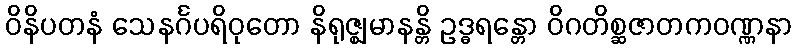
ဝိနိပတနံ သေနင်္ဂပရိဝုတော နိရုဇ္ဈမာနန္တိ ဥဒ္ဓရန္တော ဝိဂတိစ္ဆဇာတကဝဏ္ဏနာ